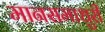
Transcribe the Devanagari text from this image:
मानसमाधुरी